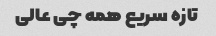
تازه سریع همه چی عالی